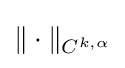
\|\cdot \|_{C^{k,\alpha }}